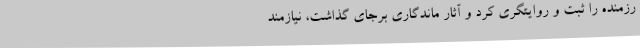
رزمنده را ثبت و روایتگری کرد و آثار ماندگاری برجای گذاشت، نیازمند